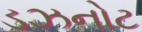
ડઝનોટ